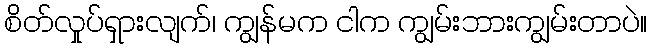
စိတ်လှုပ်ရှားလျက်၊ ကျွန်မက ငါက ကျွမ်းဘားကျွမ်းတာပဲ။